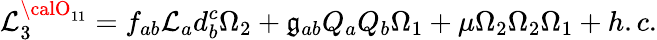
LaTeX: {\cal\mathcal{L}}_{3}^{{\calO}_{11}}=f_{ab}\mathcal{L}_{a}d_{b}^{c}\Omega_{2}+\mathfrak{g}_{ab}Q_{a}Q_{b}\Omega_{1}+\mu\Omega_{2}\Omega_{2}\Omega_{1}+h.c.